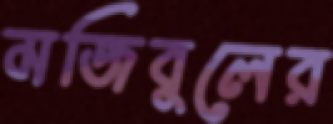
মজিবুলের